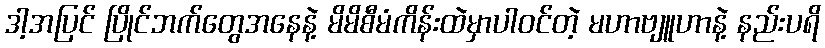
ဒါ့အပြင် ပြိုင်ဘက်တွေအနေနဲ့ မိမိစီမံကိန်းထဲမှာပါဝင်တဲ့ မဟာဗျူဟာနဲ့ နည်းပရိ